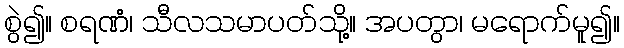
စွဲ၍။ စရဏံ၊ သီလသမာပတ်သို့။ အပတွာ၊ မရောက်မူ၍။